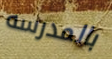
بالمدرسه